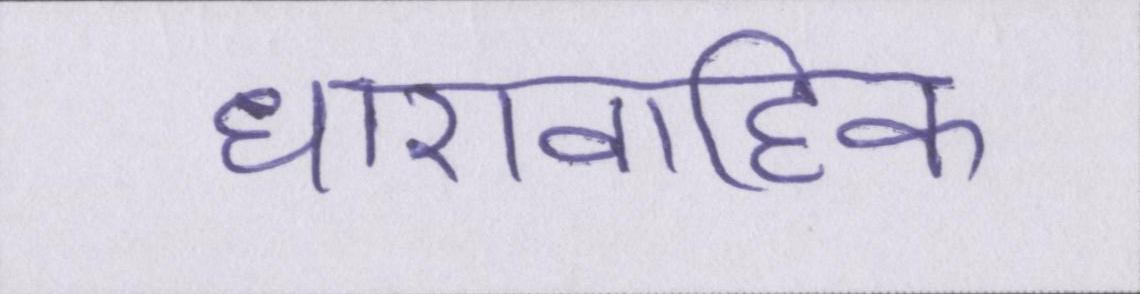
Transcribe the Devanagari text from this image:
धारावाहिक